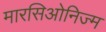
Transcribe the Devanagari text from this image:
मारसिओनिज्म